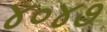
૪૦૪૭